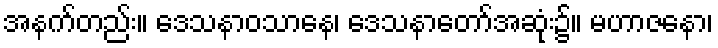
အနက်တည်း။ ဒေသနာဝသာနေ၊ ဒေသနာတော်အဆုံး၌။ မဟာဇနော၊